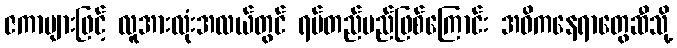
ဇကာများဖြင့် လူအားလုံးအလယ်တွင် ရပ်တည်မည်ဖြစ်ကြောင်း အဓိကနေရာတွေဆီသို့